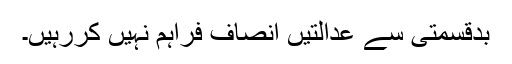
بدقسمتی سے عدالتیں انصاف فراہم نہیں کررہیں۔